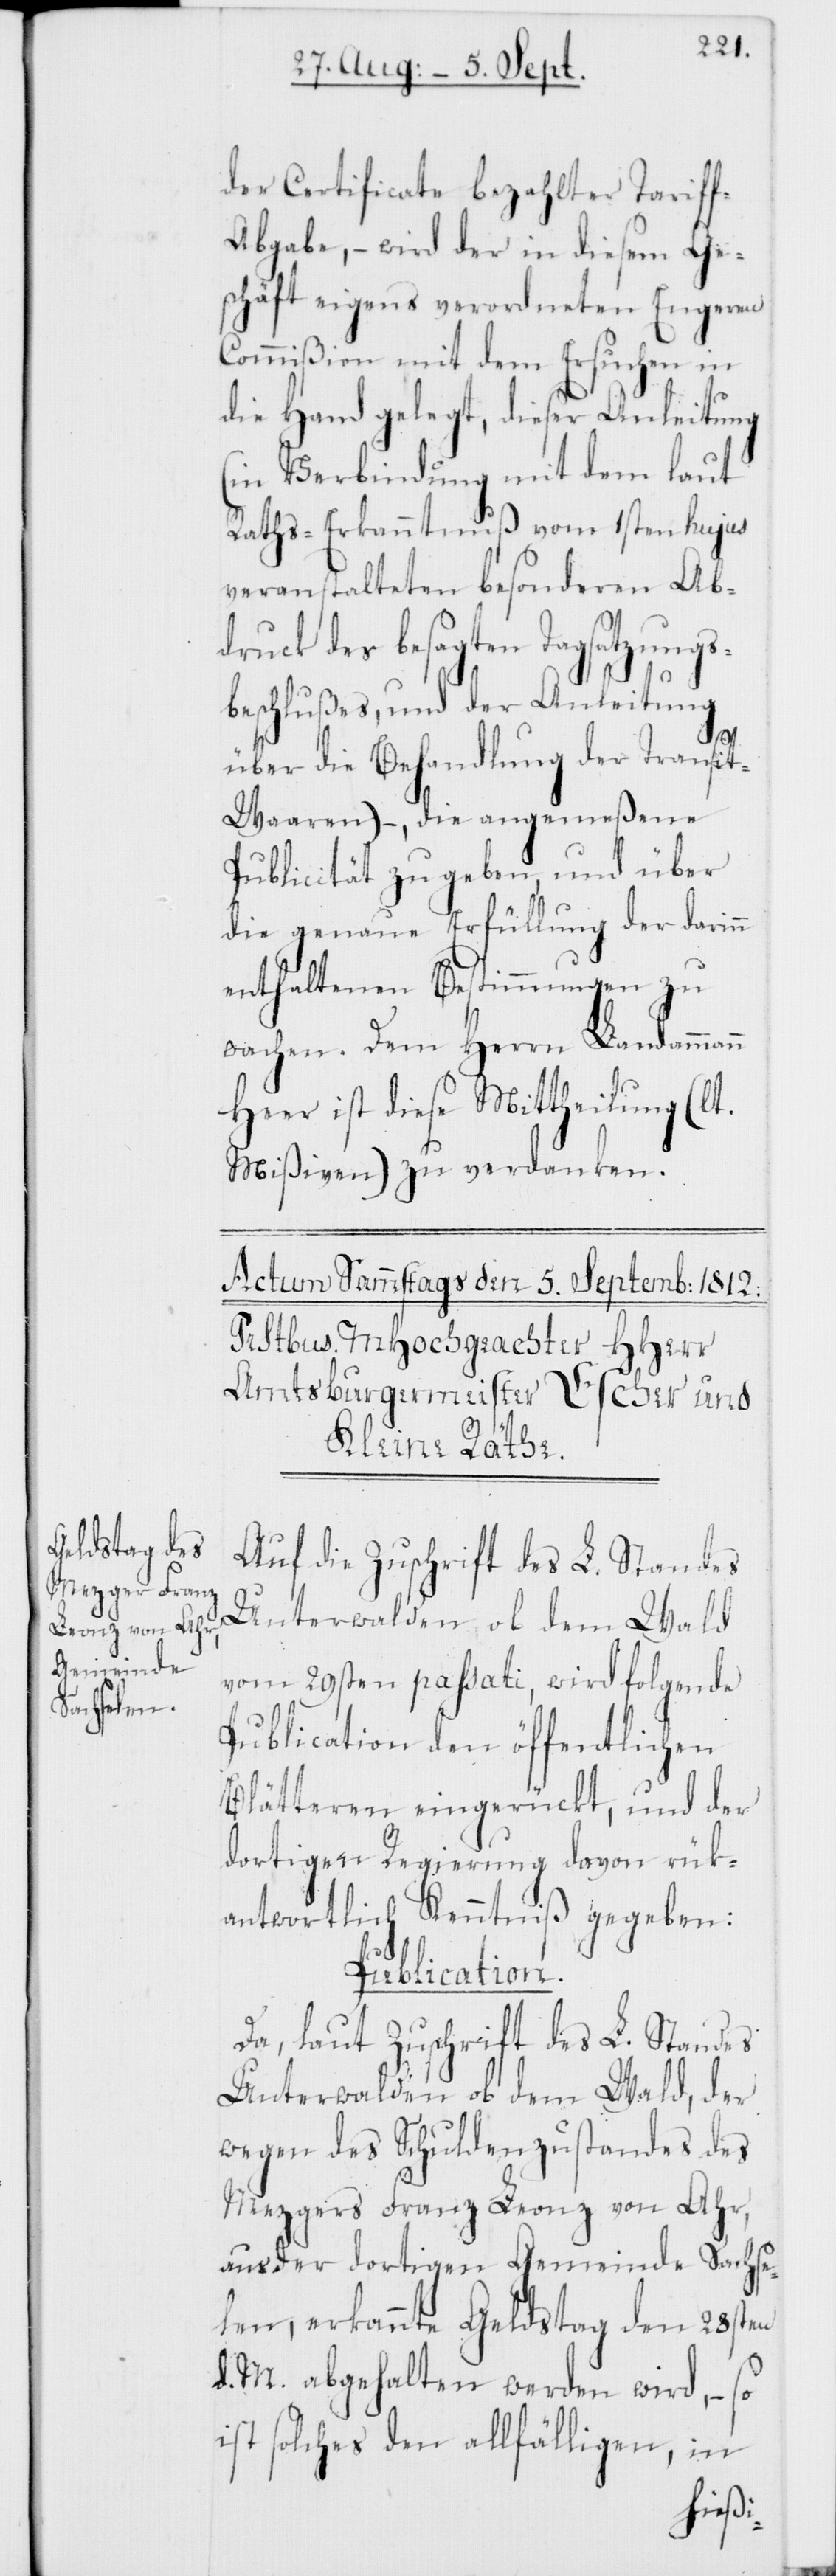
der Cerificate bezahlter Tarif¬
f-Abgabe, – wird der in diesem Ge¬
schäft eigens verordneten Engeren
Commißion mit dem Ersuchen in
die Hand gelegt, dieser Anleitung
(in Verbindung mit dem laut
Raths-Erkanntnuß vom 1sten hujus
veranstalteten besonderen Ab¬
druck des besagten Tagsatzungs¬
beschlußes, und der Anleitung
über die Behandlung der Transi¬
t-Waaren) –, die angemeßene
Publicität zu geben, und über
die genaue Erfüllung der darinn
enthaltenen Bestimmungen zu
wachen. Dem Herrn Landammann
Heer ist diese Mittheilung (lt.
Mißiven) zu verdanken.
Auf die Zuschrift des L. Standes
Unterwalden ob dem Wald
vom 29sten passati, wird folgende
Publication den öffentlichen
Blätteren eingerückt, und der
dortigen Regierung davon rük¬
antwortlich Kenntniß gegeben:
Publication.
Da laut Zuschrift des L. Standes
Unterwalden ob dem Wald, der
wegen des Schuldenzustandes des
Mezgers Franz Leonz von Ahr,
aus der dortigen Gemeinde Sachse¬
len, erkannte Geldstag den 28sten
d. M. abgehalten werden wird, – so
ist solches den allfälligen, in